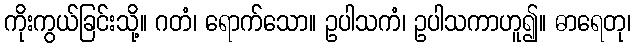
ကိုးကွယ်ခြင်းသို့။ ဂတံ၊ ရောက်သော။ ဥပါသကံ၊ ဥပါသကာဟူ၍။ ဓာရေတု၊